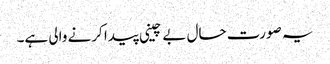
یہ صورت حال بے چینی پیدا کرنے والی ہے۔